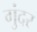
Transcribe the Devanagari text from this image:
गुंदर